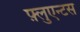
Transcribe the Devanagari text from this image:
फ़्लुएन्टस